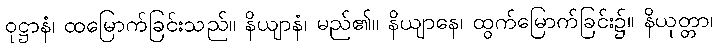
ဝုဋ္ဌာနံ၊ ထမြောက်ခြင်းသည်။ နိယျာနံ၊ မည်၏။ နိယျာနေ၊ ထွက်မြောက်ခြင်း၌။ နိယုတ္တာ၊